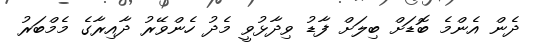
ދެން އެންމެ ބޮޑަށް ބިލަށް ފާޑު ވިދާޅުވީ މެދު ހެންވޭރު ދާއިރާގެ މެމްބަރު